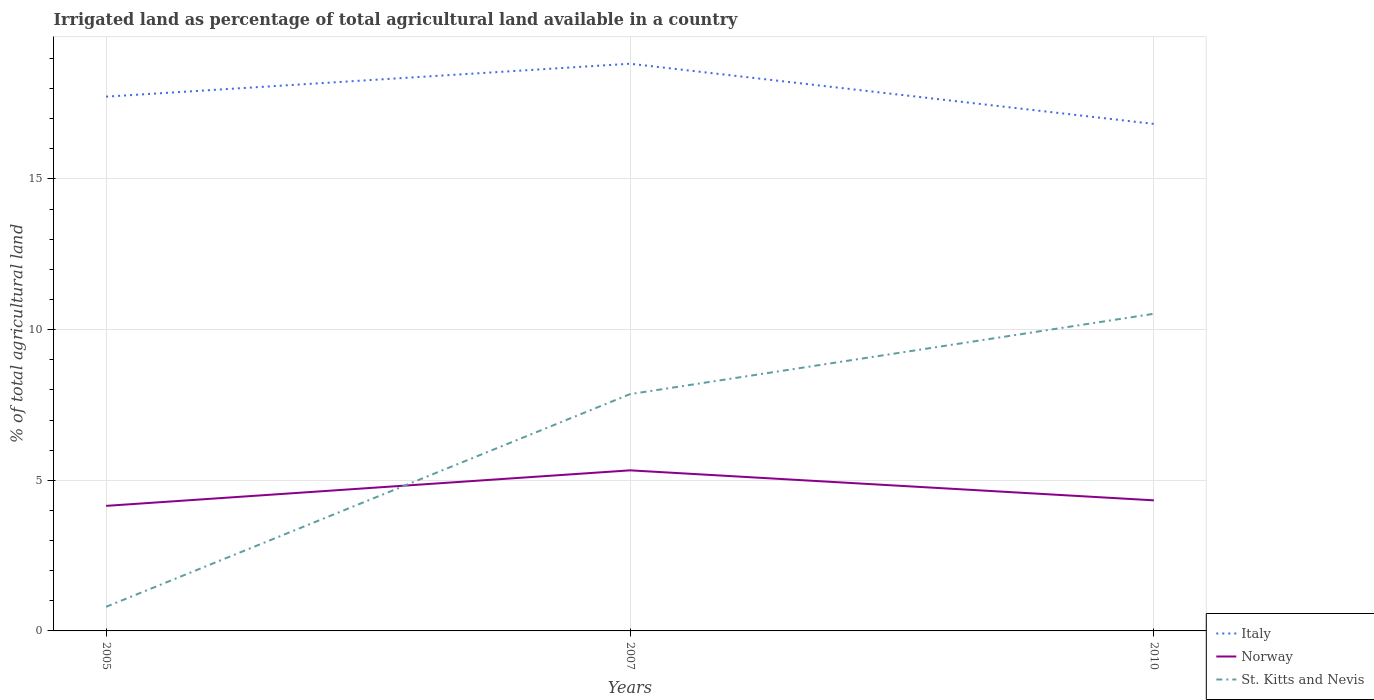
| Years | Italy | Norway | St. Kitts and Nevis |
 | --- | --- | --- | --- |
 | 2005 | 17.7 | 4.15 | 0.8 |
 | 2007 | 18.8 | 5.33 | 7.86 |
 | 2010 | 16.8 | 4.33 | 10.5 |